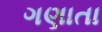
ગણાતા